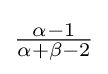
{\tfrac {\alpha -1}{\alpha +\beta -2}}